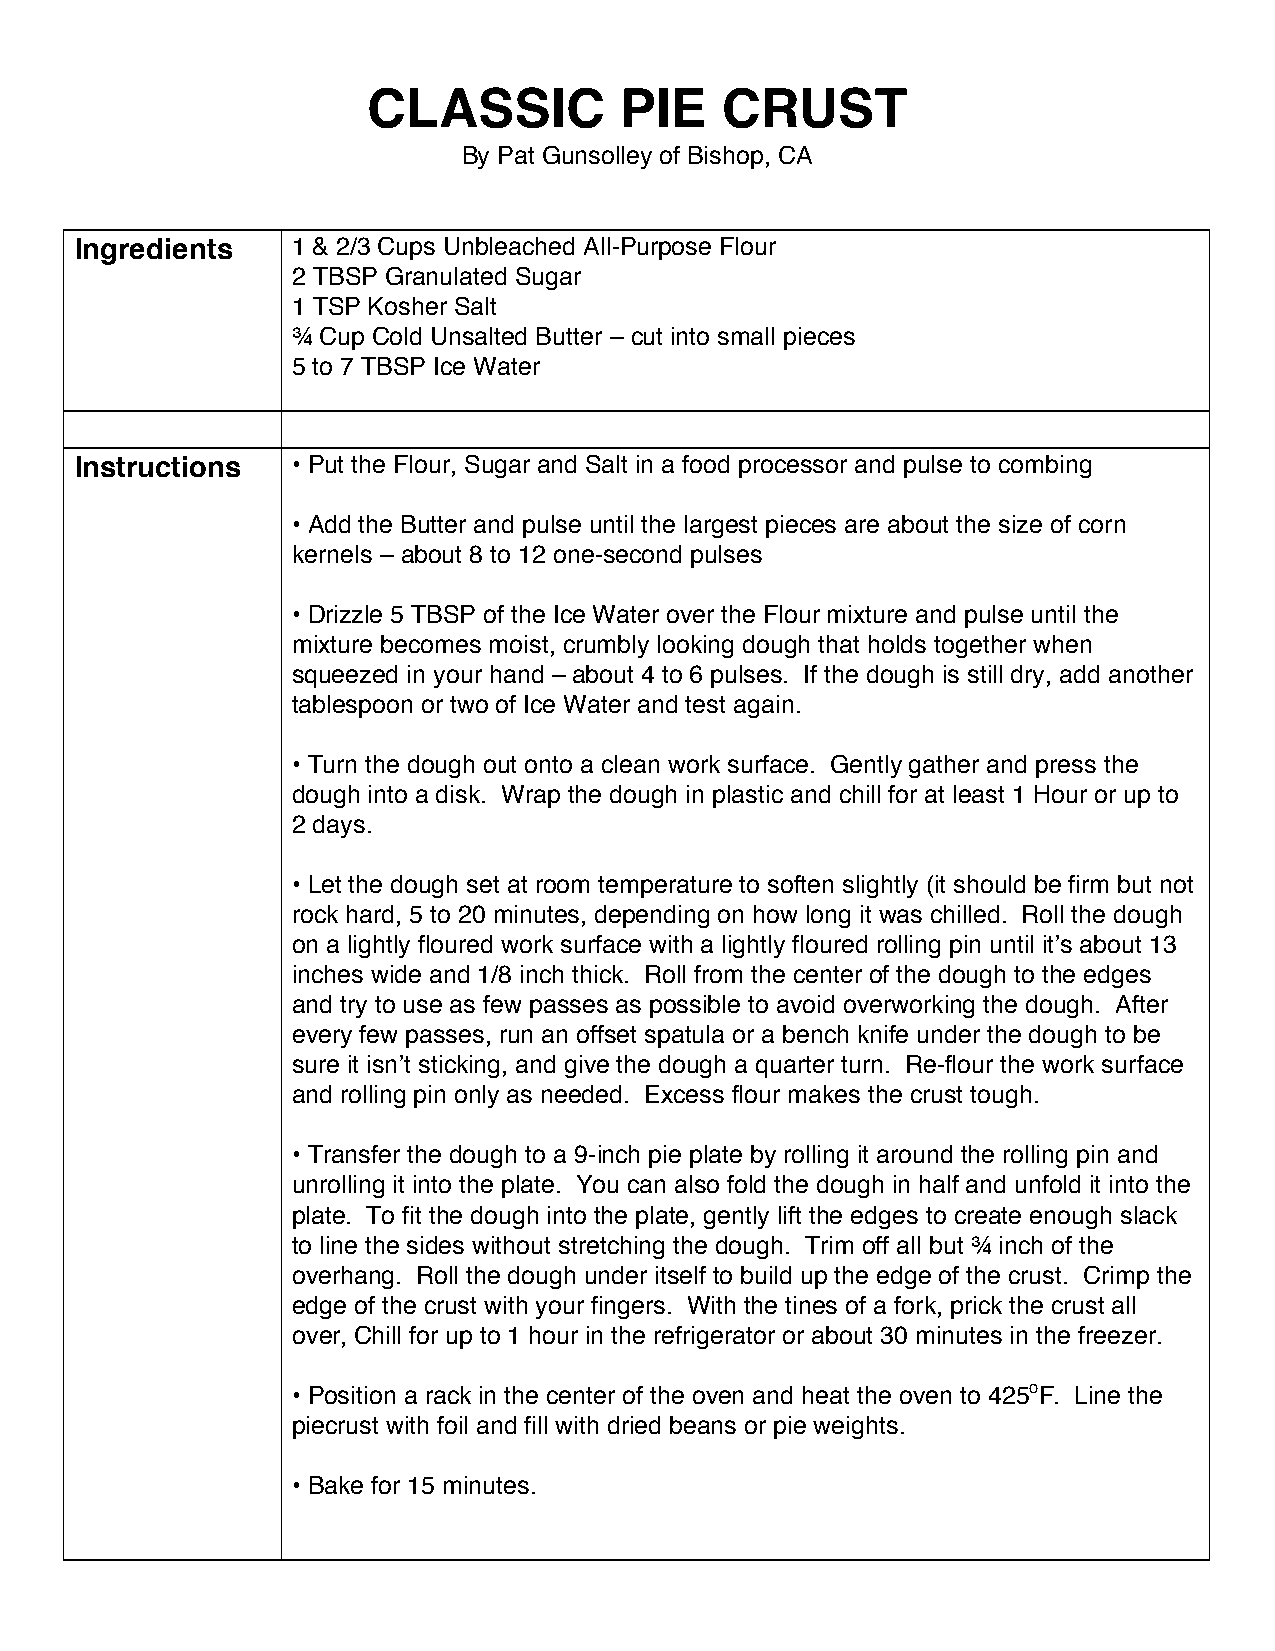
CLASSIC          PIE    CRUST
 By Pat Gunsolley of Bishop, CA
 Ingredients   1 & 2/3 Cups Unbleached All-Purpose Flour
 2 TBSP Granulated Sugar
 1 TSP Kosher Salt
 ¾ Cup Cold Unsalted Butter – cut into small pieces
 5 to 7 TBSP Ice Water
 Instructions  • Put the Flour, Sugar and Salt in a food processor and pulse to combing
 • Add the Butter and pulse until the largest pieces are about the size of corn
 kernels – about 8 to 12 one-second pulses
 • Drizzle 5 TBSP of the Ice Water over the Flour mixture and pulse until the
 mixture becomes moist, crumbly looking dough that holds together when
 squeezed in your hand – about 4 to 6 pulses. If the dough is still dry, add another
 tablespoon or two of Ice Water and test again.
 • Turn the dough out onto a clean work surface. Gently gather and press the
 dough into a disk. Wrap the dough in plastic and chill for at least 1 Hour or up to
 2 days.
 • Let the dough set at room temperature to soften slightly (it should be firm but not
 rock hard, 5 to 20 minutes, depending on how long it was chilled. Roll the dough
 on a lightly floured work surface with a lightly floured rolling pin until it’s about 13
 inches wide and 1/8 inch thick. Roll from the center of the dough to the edges
 and try to use as few passes as possible to avoid overworking the dough. After
 every few passes, run an offset spatula or a bench knife under the dough to be
 sure it isn’t sticking, and give the dough a quarter turn. Re-flour the work surface
 and rolling pin only as needed. Excess flour makes the crust tough.
 • Transfer the dough to a 9-inch pie plate by rolling it around the rolling pin and
 unrolling it into the plate. You can also fold the dough in half and unfold it into the
 plate. To fit the dough into the plate, gently lift the edges to create enough slack
 to line the sides without stretching the dough. Trim off all but ¾ inch of the
 overhang. Roll the dough under itself to build up the edge of the crust. Crimp the
 edge of the crust with your fingers. With the tines of a fork, prick the crust all
 over, Chill for up to 1 hour in the refrigerator or about 30 minutes in the freezer.
 • Position a rack in the center of the oven and heat the oven to 425oF. Line the
 piecrust with foil and fill with dried beans or pie weights.
 • Bake for 15 minutes.